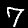
Label: 7